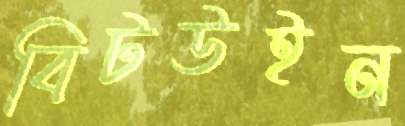
বিটউইন